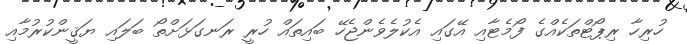
ހުރިހާ ރިޕޯޓްތަކެއްގެ ފޯމެޓާއި އޭގައި އެކުލެވެންޖެހޭ ބައިތައް ހުރީ ރަނގަޅަށްތޯ ބަލައި ޔަޤީންކުރުމާއި